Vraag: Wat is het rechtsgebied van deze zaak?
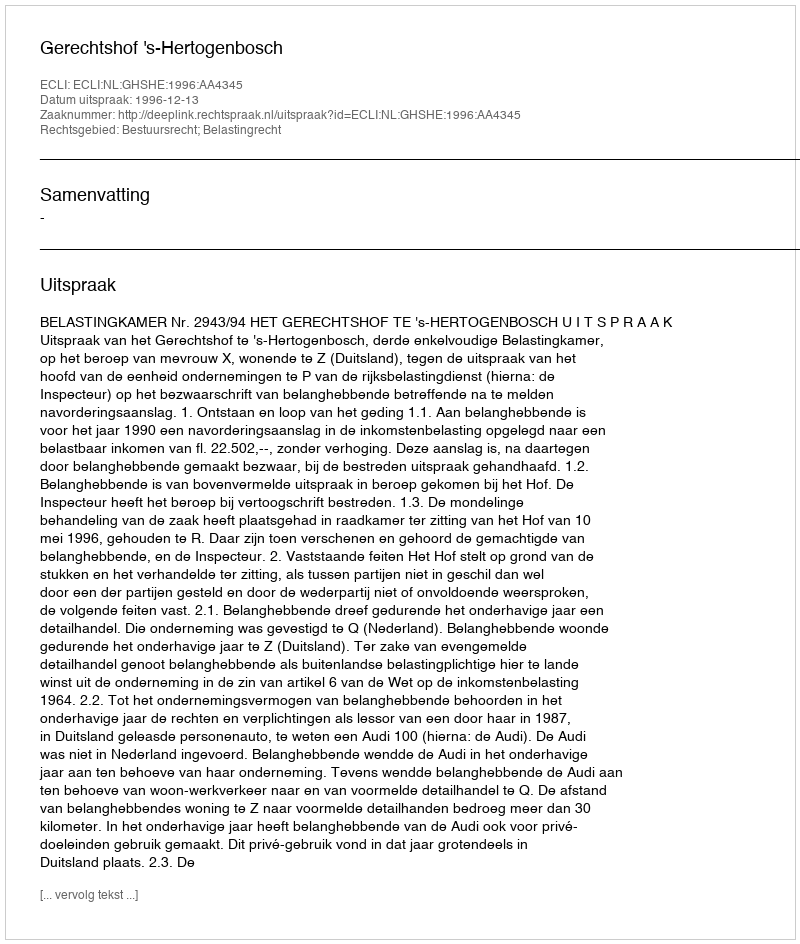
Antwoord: Bestuursrecht; Belastingrecht